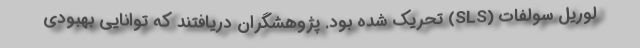
لوریل سولفات (SLS) تحریک شده بود. پژوهشگران دریافتند که توانایی بهبودی